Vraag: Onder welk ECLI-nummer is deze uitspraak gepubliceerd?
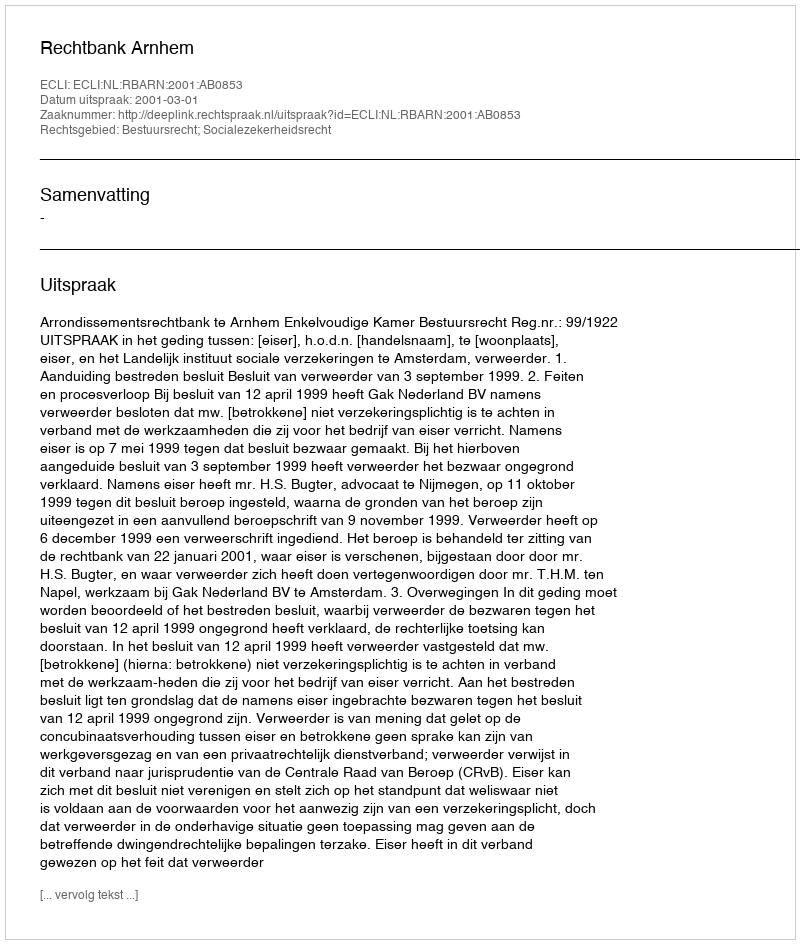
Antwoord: ECLI:NL:RBARN:2001:AB0853